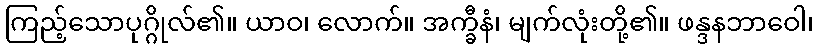
ကြည့်သောပုဂ္ဂိုလ်၏။ ယာဝ၊ လောက်။ အက္ခီနံ၊ မျက်လုံးတို့၏။ ဖန္ဒနဘာဝေါ၊